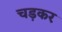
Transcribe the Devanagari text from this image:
चड़कर